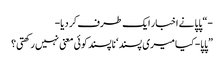
-“ پاپا نے اخبار ایک طرف کر دیا-
”پاپا- کیا میری پسند‘ ناپسند کوئی معنی نہیں رکھتی؟